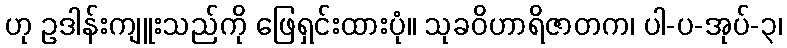
ဟု ဥဒါန်းကျူးသည်ကို ဖြေရှင်းထားပုံ။ သုခဝိဟာရိဇာတက၊ ပါ-ပ-အုပ်-၃၊